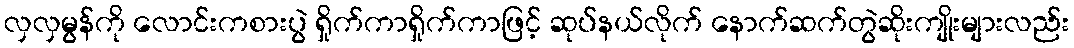
လှလှမွန်ကို လောင်းကစားပွဲ ရှိုက်ကာရှိုက်ကာဖြင့် ဆုပ်နယ်လိုက် နောက်ဆက်တွဲဆိုးကျိုးများလည်း